Indian journal of veterinary science and animal husbandry - Volume 14,
Year: 1944
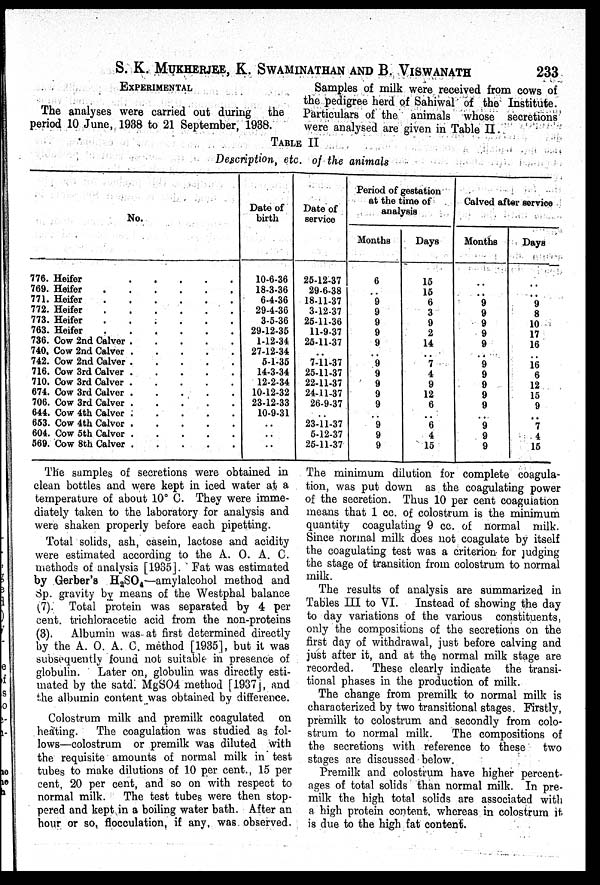
S. K. MUKHERJEE, K. SWAMINATHAN AND B. VISWANATH
233
EXPERIMENTAL
The analyses were carried out during
the
period 10 June, 1938 to 21 September, 1938.
Samples of milk were received from cows of
the pedigree herd of Sahiwal of the Institute.
Particulars of the animals whose secretions
were analysed are given in Table II.
TABLE II
Description, etc. of the animals
No.
776. Heifer
.
.
.
.
.
769. Heifer
.
.
.
.
.
.
771. Heifer
.
.
.
.
.
.
772. Heifer
.
.
.
.
.
.
773. Heifer
.
.
.
.
.
.
763. Heifer
.
.
.
.
.
.
736. Cow 2nd Calver
.
.
.
.
.
740. Cow 2nd Calver
.
.
.
.
.
742. Cow 2nd Calver
.
.
.
.
.
716. Cow 3rd Calver
.
.
.
.
.
710. Cow 3rd Calver
.
.
.
.
.
674. Cow 3rd Calver
.
.
.
.
.
706. Cow 3rd Calver
.
.
.
.
.
644. Cow 4th Calver
.
.
.
.
.
653. Cow 4th Calver
.
.
.
.
.
604. Cow 5th Calver
.
.
.
.
.
569. Cow 8th Calver
.
.
.
.
.
Date of
birth
10-6-36
18-3-36
6-4-36
29-4-36
3-5-36
29-12-35
1-12-34
27-12-34
5-1-35
14-3-34
12-2-34
10-12-32
23-12-33
10-9-31
. .
. .
. .
Date of
service
25-12-37
29-6-38
18-11-37
3-12-37
25-11-36
11-9-37
25-11-37
. .
7-11-37
25-11-37
22-11-37
24-11-37
26-9-37
. .
23-11-37
5-12-37
25-11-37
Period of gestation
Months
6
. .
9
9
9
9
9
. .
9
9
9
9
9
. .
9
9
9
Days
15
15
6
3
9
2
14
. .
7
4
9
12
6
. .
6
4
15
Calved after service
Months
. .
. .
9
9
9
9
9
. .
9
9
9
9
9
. .
9
9
9
Days
. .
. .
9
8
10
17
16
. .
16 6
12
15
9
. .
7
4
15
The samples of secretions were obtained in
clean bottles and were kept in iced water at a
temperature of about 10º C. They were imme-
diately taken to the laboratory for analysis and
were shaken properly before each pipetting.
Total solids, ash, casein, lactose and acidity
were estimated according to the A. O. A. C.
methods of analysis [1935]. Fat was estimated
by Gerber's H 2 SO 4 —amylalcohol method and
Sp. gravity by means of the Westphal balance
(7). Total protein was separated by 4 per
cent. trichloracetic acid from the non-proteins
(3).
Albumin was at first determined directly
by the A. O. A. C. method [1935], but it was
subsequently found not suitable in presence of
globulin.
Later on, globulin was directly esti-
mated by the satd. MgSO4 method [1937], and
the albumin content was obtained by difference.
Colostrum milk and premilk coagulated on
heating.
The coagulation was studied as fol-
lows—colostrum or premilk was diluted with
the requisite amounts of normal milk in test
tubes to make dilutions of 10 per cent., 15 per
cent, 20 per cent, and so on with respect to
normal milk.
The test tubes were then stop-
pered and kept in a boiling water bath. After an
hour or so, flocculation, if any, was observed.
The minimum dilution for complete coagula-
tion, was put down as the coagulating power
of the secretion. Thus 10 per cent coagulation
means that 1 cc. of colostrum is the minimum
quantity coagulating 9 cc. of normal milk.
Since normal milk does not coagulate by itself
the coagulating test was a criterion for judging
the stage of transition from colostrum to normal
milk.
The results of analysis are summarized in
Tables III to VI. Instead of showing the day
to day variations of the various constituents,
only the compositions of the secretions on the
first day of withdrawal, just before calving and
just after it, and at the normal milk stage are
recorded.
These clearly indicate the transi-
tional phases in the production of milk.
The change from premilk to normal milk is
characterized by two transitional stages. Firstly,
premilk to colostrum and secondly from colo-
strum to normal milk.
The compositions of
the secretions with reference to these
two
stages are discussed below.
Premilk and colostrum have higher percent-
ages of total solids than normal milk. In pre-
milk the high total solids are associated with
a high protein content, whereas in colostrum it
is due to the high fat content.